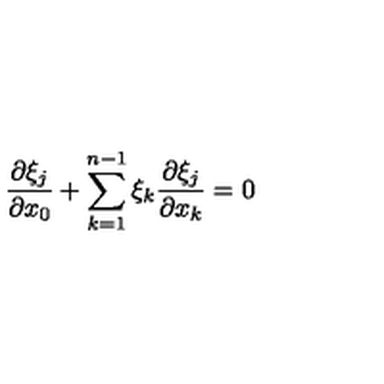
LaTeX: \frac { \partial \xi _ { j } } { \partial x _ { 0 } } + \sum _ { k = 1 } ^ { n - 1 } \xi _ { k } \frac { \partial \xi _ { j } } { \partial x _ { k } } = 0